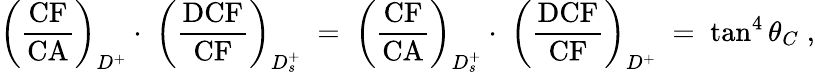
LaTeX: \left(\frac{\mathrm{CF}}{\mathrm{CA}}\right)_{D^{+}}\cdot\; \left(\frac{\mathrm{DCF}}{\mathrm{CF}}\right)_{D_{s}^{+}}\; =\; \left(\frac{\mathrm{CF}}{\mathrm{CA}}\right)_{D_{s}^{+}}\cdot\; \left(\frac{\mathrm{DCF}}{\mathrm{CF}}\right)_{D^{+}}\; =\; \tan^{4}\theta_{C}\; ,